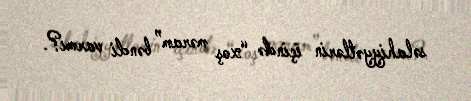
səlahiyyətlərin içində “xoş məram” bəndi varmı?.